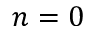
n = 0